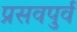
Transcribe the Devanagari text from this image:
प्रसवपुर्व